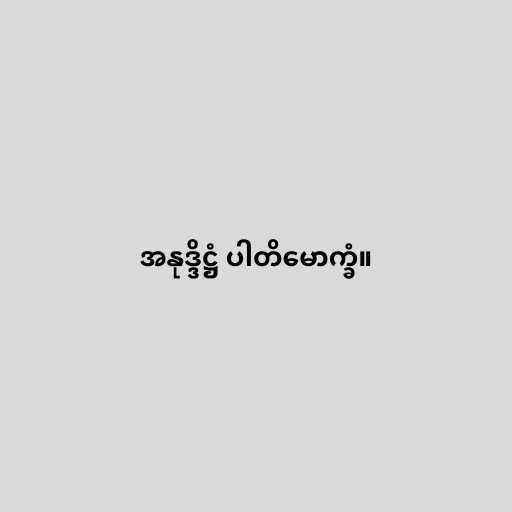
အနုဒ္ဒိဋ္ဌံ ပါတိမောက္ခံ။